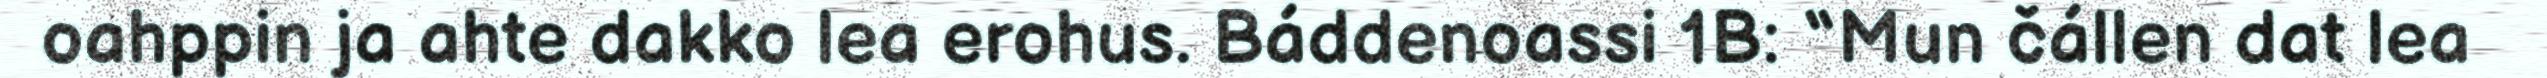
oahppin ja ahte dakko lea erohus. Báddenoassi 1B: “Mun čállen dat lea